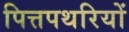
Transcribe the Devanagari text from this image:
पित्तपथरियों